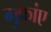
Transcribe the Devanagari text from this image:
गुफांए